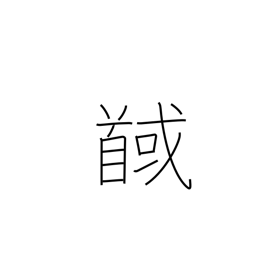
Meaning: behead